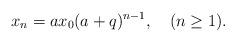
LaTeX: \begin{align*}x_n=ax_0(a+q)^{n-1}, \quad(n\geq 1).\end{align*}